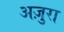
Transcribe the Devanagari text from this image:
अज़ुरा